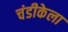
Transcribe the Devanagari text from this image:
चंडीकेला